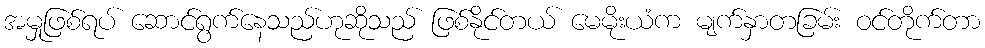
အမှုဖြစ်ရပ် ဆောင်ရွက်နေသည်ဟုဆိုသည် ဖြစ်နိုင်တယ် မေမိုးယံက မျက်နှာတခြမ်း ဝင်တိုက်တာ